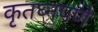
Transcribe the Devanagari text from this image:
कृतघ्नपणे